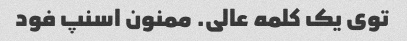
توی یک کلمه عالی. ممنون اسنپ فود